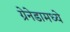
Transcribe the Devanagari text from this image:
ग्रेनेडामध्ये